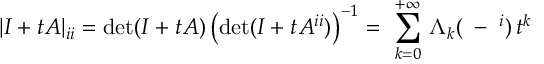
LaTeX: | I + t A | _ { i i } = \mathrm { d e t } ( I + t A ) \left( \mathrm { d e t } ( I + t A ^ { i i } ) \right) ^ { - 1 } = \ \sum _ { k = 0 } ^ { + \infty } \, \Lambda _ { k } ( { \bf \alpha } - { \bf \alpha } ^ { i } ) \, t ^ { k }